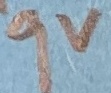
Text: 9V